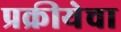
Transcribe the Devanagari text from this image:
प्रक्रीयेचा